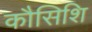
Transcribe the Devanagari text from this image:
कौसिशि